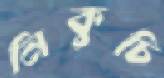
নিকুচি